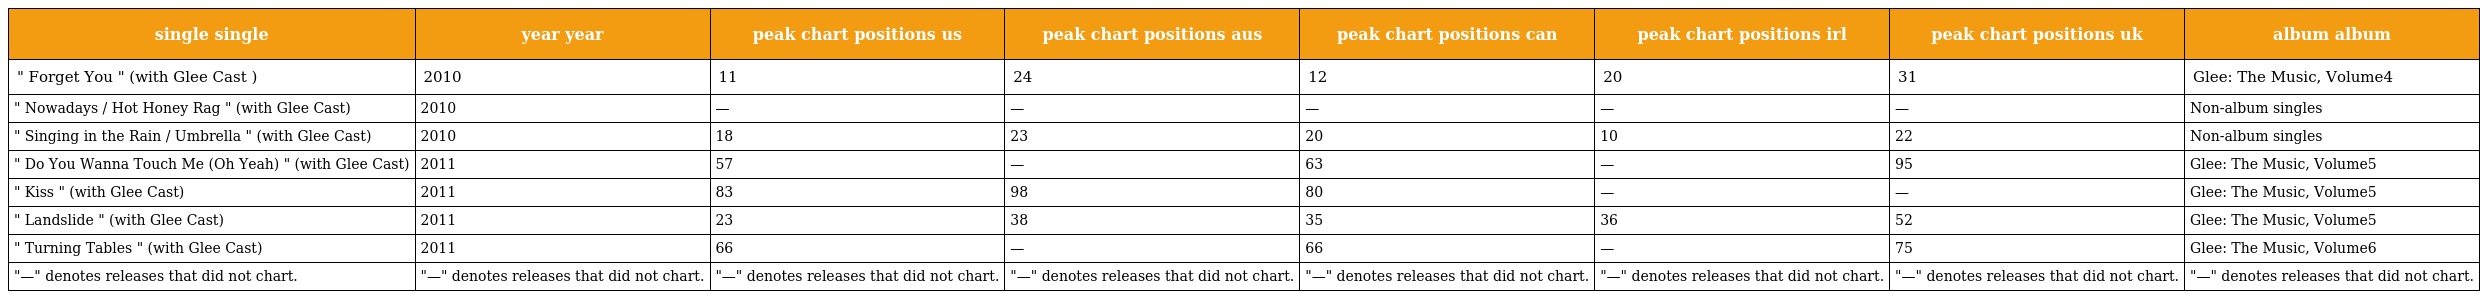
| single single | year year | peak chart positions us | peak chart positions aus | peak chart positions can | peak chart positions irl | peak chart positions uk | album album |
 | --- | --- | --- | --- | --- | --- | --- | --- |
 | " Forget You " (with Glee Cast ) | 2010 | 11 | 24 | 12 | 20 | 31 | Glee: The Music, Volume4 |
 | " Nowadays / Hot Honey Rag " (with Glee Cast) | 2010 | — | — | — | — | — | Non-album singles |
 | " Singing in the Rain / Umbrella " (with Glee Cast) | 2010 | 18 | 23 | 20 | 10 | 22 | Non-album singles |
 | " Do You Wanna Touch Me (Oh Yeah) " (with Glee Cast) | 2011 | 57 | — | 63 | — | 95 | Glee: The Music, Volume5 |
 | " Kiss " (with Glee Cast) | 2011 | 83 | 98 | 80 | — | — | Glee: The Music, Volume5 |
 | " Landslide " (with Glee Cast) | 2011 | 23 | 38 | 35 | 36 | 52 | Glee: The Music, Volume5 |
 | " Turning Tables " (with Glee Cast) | 2011 | 66 | — | 66 | — | 75 | Glee: The Music, Volume6 |
 | "—" denotes releases that did not chart. | "—" denotes releases that did not chart. | "—" denotes releases that did not chart. | "—" denotes releases that did not chart. | "—" denotes releases that did not chart. | "—" denotes releases that did not chart. | "—" denotes releases that did not chart. | "—" denotes releases that did not chart. |